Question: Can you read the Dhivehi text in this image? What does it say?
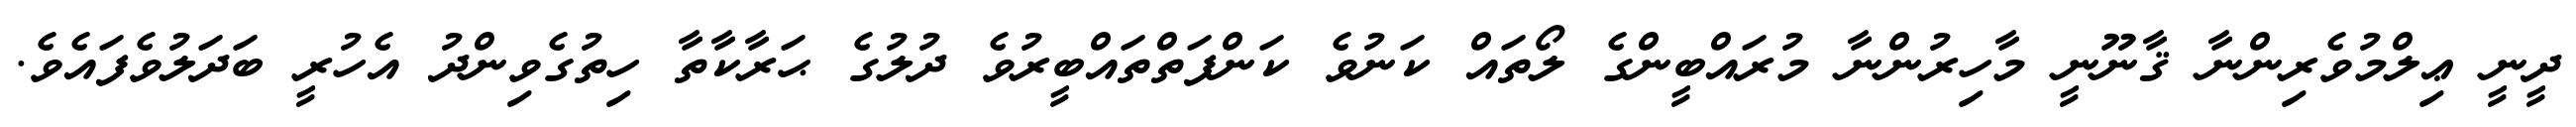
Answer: ދީނީ ޢިލްމުވެރިންނާ ޤާނޫނީ މާހިރުންނާ މުރައްބީންގެ ލޯތައް ކަނުވެ ކަންފަތްތައްބީރުވެ ދުލުގެ ޙަރާކާތާ ހިތުގެވިންދު އެހުރީ ބަދަލުވެފައެވެ.